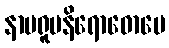
နာမရူပနိရောဓောပေ